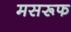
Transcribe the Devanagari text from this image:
मसरूफ